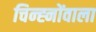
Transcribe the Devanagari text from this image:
चिन्ह्नोंवाला